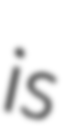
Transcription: is